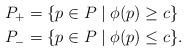
LaTeX: \begin{align*} P_+ &= \{ p\in P\mid \phi(p) \geq c\}\\P_- &= \{ p\in P\mid \phi(p) \leq c\}.\end{align*}